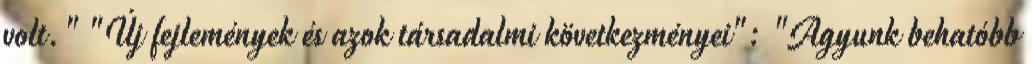
volt." "Új fejlemények és azok társadalmi következményei": "Agyunk behatóbb